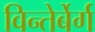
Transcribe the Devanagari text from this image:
विन्तेर्बेर्ग